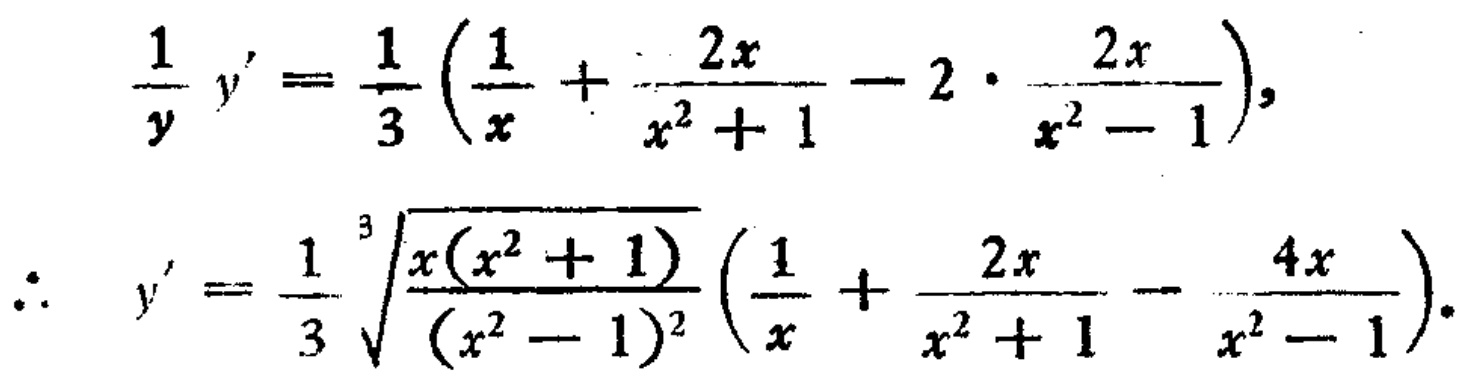
\[\begin{align*}
\frac{1}{y}y'&=\frac{1}{3}\left(\frac{1}{x}+\frac{2x}{x^{2}+1}-2\cdot\frac{2x}{x^{2}-1}\right),\\
\therefore y'&=\frac{1}{3}\sqrt[3]{\frac{x(x^{2}+1)}{(x^{2}-1)^{2}}}\left(\frac{1}{x}+\frac{2x}{x^{2}+1}-\frac{4x}{x^{2}-1}\right).
\end{align*}\]